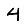
Digit: 4